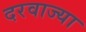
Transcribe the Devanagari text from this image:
दरवाज्या